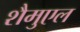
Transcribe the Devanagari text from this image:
शैमुएल